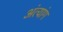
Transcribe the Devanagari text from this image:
अंत्यांग